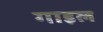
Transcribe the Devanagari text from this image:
गाइल